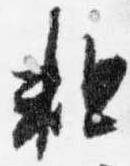
粗